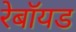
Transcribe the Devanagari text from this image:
रेबॉयड